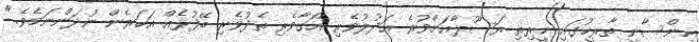
އިންސާނީ ތާރީޚުގައި ކީރިތި ރަސޫލާއަށްވުރެ ޢަދުލުވެރި އޯގާވެރި ތެދުވެރި ބޭފުޅެއް އަހަރެން ނުދަންނަމެވެ."